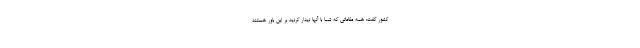
کشور گفت: همه مقاماتی که شما با آنها دیدار کردید بر این باور هستند